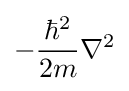
-{\frac {\hbar ^{2}}{2m}}\nabla ^{2}